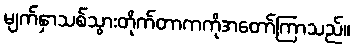
မျက်နှာသစ်သွားတိုက်တာကကိုအတော်ကြာသည်။